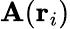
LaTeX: \mathbf{A}(\mathbf{r}_{i})